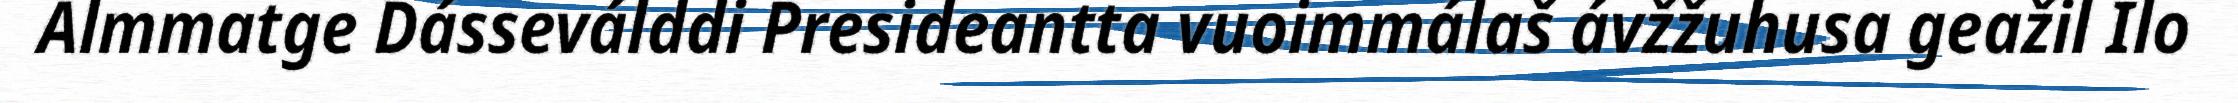
Almmatge Dásseválddi Presideantta vuoimmálaš ávžžuhusa geažil Ilo